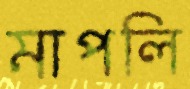
মাপলি